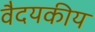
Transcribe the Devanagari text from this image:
वैदयकीय